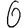
Digit: 6